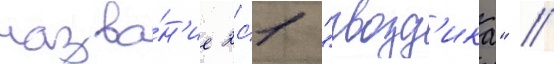
назва́н'ие 2с1 "гвозд'ика" //